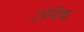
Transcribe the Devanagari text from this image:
उरेमिक